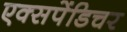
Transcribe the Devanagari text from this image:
एक्‍सपेंडिचर